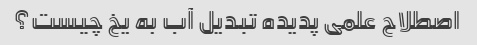
اصطلاح علمی پدیده تبدیل آب به یخ چیست؟